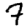
Digit: 7